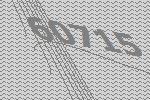
60715